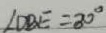
\angle D B E = 3 0 ^ { \circ }